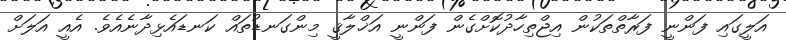
އަލީގައި ފަންނީ ފަރާތްތަކުން އިޖްތިހާދުކޮށްގެން ފަންނީ އަޚްލާޤީ މިންގަނޑުތައް ކަނޑައެޅިދާނެއެވެ. އެއީ އަލަށް